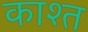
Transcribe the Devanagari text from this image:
काश्‍त